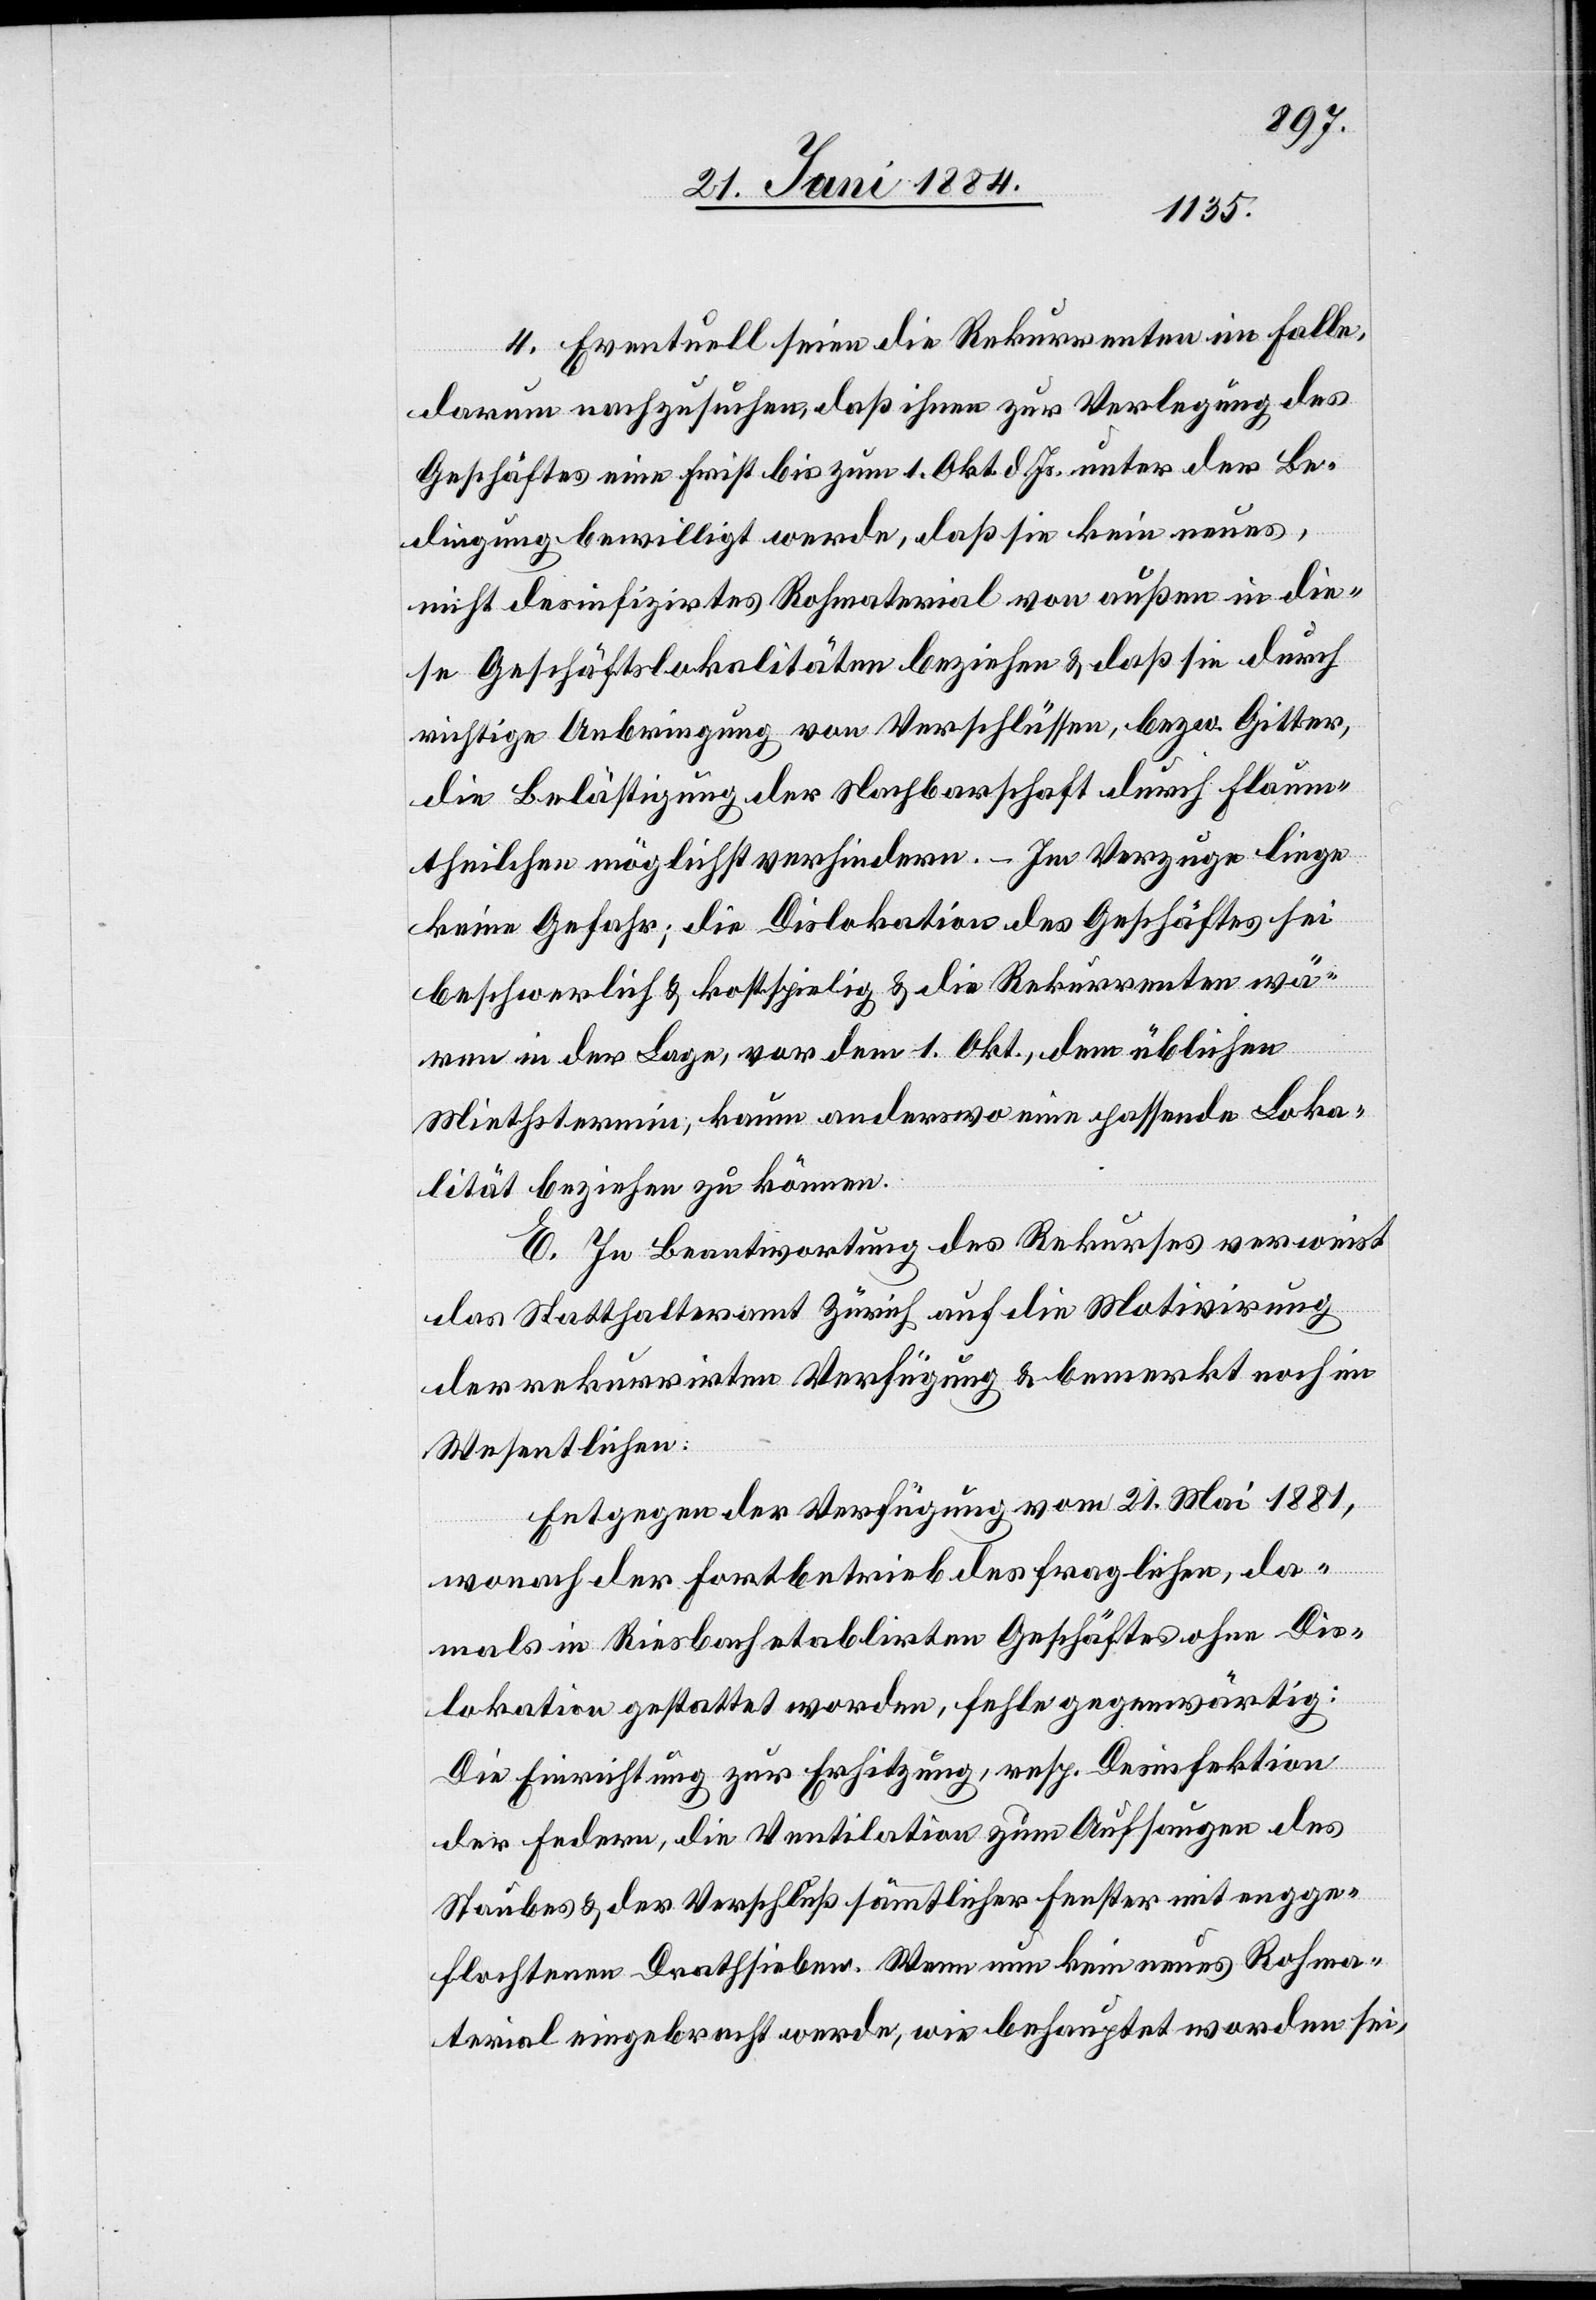
4. Eventuell seien die Rekurrenten im Falle,
darum nachzusuchen, daß ihnen zur Verlegung des
Geschäftes eine Frist bis zum 1. Okt. d. Js. unter der Be¬
dingung bewilligt werde, daß sie kein neues,
nicht desinfizirtes Rohmaterial von außen in die¬
se Geschäftslokalitäten beziehen & daß sie durch
richtige Anbringung von Verschlüssen, bezw. Gitter,
die Belästigung der Nachbarschaft durch Flaum¬
theilchen möglichst verhindern. Im Verzuge liege
keine Gefahr; die Dislokation des Geschäftes sei
beschwerlich & kostspielig & die Rekurrenten wä¬
ren in der Lage, vor dem 1. Okt., dem üblichen
Miethstermin, kaum anderswo eine passende Loka¬
lität beziehen zu können.
E. In Beantwortung des Rekurses verweist
das Statthalteramt Zürich auf die Motivirung
der rekurrirten Verfügung & bemerkt noch im
Wesentlichen:
Entgegen der Verfügung vom 21. Mai 1881,
wonach der Fortbetrieb des fraglichen, da¬
mals in Riesbach etablirten Geschäftes ohne Dis¬
lokation gestattet worden, fehle gegenwärtig:
Die Einrichtung zur Erhitzung, resp. Desinfektion
der Federn, die Ventilation zum Auffangen
Staubes & der Verschluß sämmtlicher Fenster mit engge¬
flochtenen Drathsieben. Wenn nun kein neues Rohma¬
terial eingebracht werde, wie behauptet worden sei,